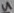
Text: 4